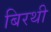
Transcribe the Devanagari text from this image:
बिरथी